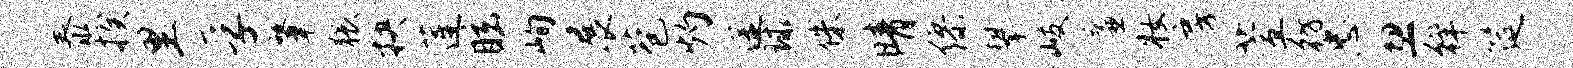
泰揆里孚肇猥抉莲眩峋展苞灼途球侏晴缪攀岐廉妆房萱彷忠忽徉筵